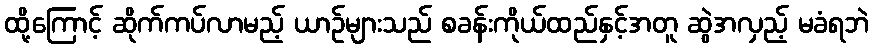
ထို့ကြောင့် ဆိုက်ကပ်လာမည့် ယာဉ်များသည် စခန်းကိုယ်ထည်နှင့်အတူ ဆွဲအလှည့် မခံရဘဲ